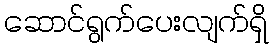
ဆောင်ရွက်ပေးလျက်ရှိ